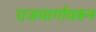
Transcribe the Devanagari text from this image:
राजमार्गावरून